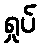
ရှုပ်